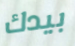
بيدك